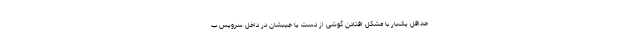
حداقل یک‌بار با مشکل افتادن گوشی از دست یا جیبشان در داخل سرویس ب